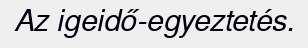
Az igeidő-egyeztetés.